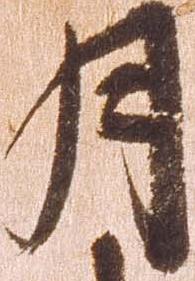
月